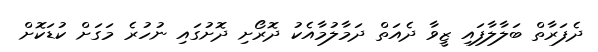
ދެފަރާތް ބަލާލާފައި ޒީވާ ދެއަތް ދަމާލުމާއެކު ދޮރޯށި ދޮށުގައި ނުހުރެ މަގަށް ކުޑަކޮށް